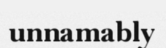
unnamably